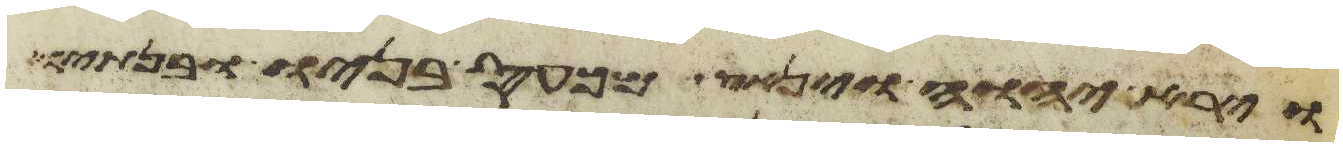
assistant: וירא יהוה וינאץ מכעס בניו ובנתיו